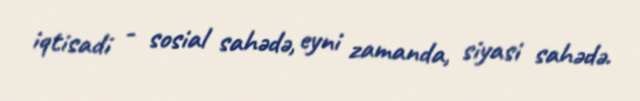
iqtisadi - sosial sahədə, eyni zamanda, siyasi sahədə.